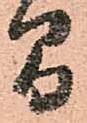
間